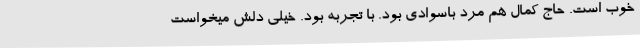
خوب است. حاج کمال هم مرد باسوادی بود. با تجربه بود. خیلی دلش میخواست